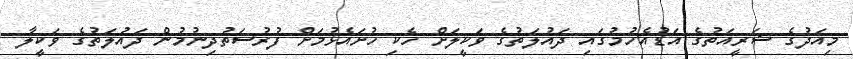
މިއަދުގެ ޝަރީއަތުގެ އަޑުއެހުމުގައި ދައުލަތުގެ ވަކީލަށް ހެކި ހުށައެޅުމަށް ފުރުސަތުދިނުމުން ދައުލަތުގެ ވަކީލާ